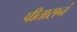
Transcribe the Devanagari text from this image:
पीतासनं